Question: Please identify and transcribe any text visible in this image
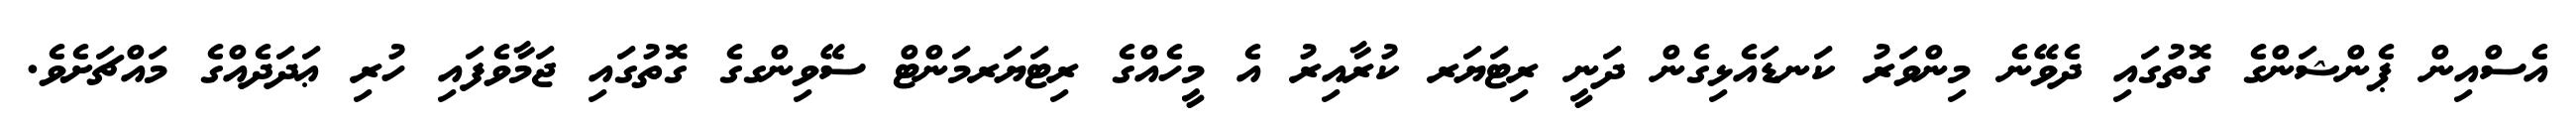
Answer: އެސްއިން ޕެންޝަންގެ ގޮތުގައި ދެވޭނެ މިންވަރު ކަނޑައެޅިގެން ދަނީ ރިޓަޔަރ ކުރާއިރު އެ މީހެއްގެ ރިޓަޔަރމަންޓް ސޭވިންގގެ ގޮތުގައި ޖަމާވެފައި ހުރި ޢަދަދެއްގެ މައްޗަށެވެ.